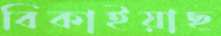
বিকাইয়াছ